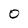
Character: O